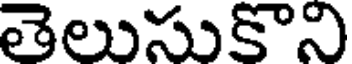
తెలుసుకొని